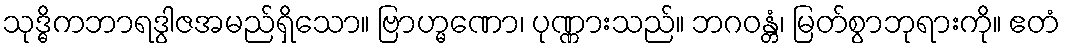
သုဒ္ဓိကဘာရဒွါဇအမည်ရှိသော။ ဗြာဟ္မဏော၊ ပုဏ္ဏားသည်။ ဘဂဝန္တံ၊ မြတ်စွာဘုရားကို။ ဧတံ